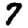
Digit: 7